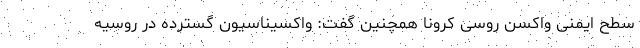
سطح ایمنی واکسن روسی کرونا همچنین گفت: واکسیناسیون گسترده در روسیه